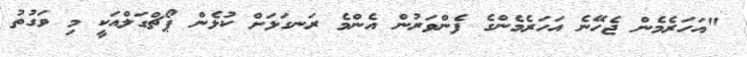
"އަހަރެމެން ޖެހޭނެ އަހަރެމެންގެ ފެންވަރުން އެންމެ ރަނގަޅަށް ކުޅެން ޕޯޗްގަލްއަކީ މި ވަގުތު